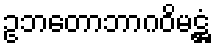
ဥဘတောဘာဂဝိမဋ္ဌံ